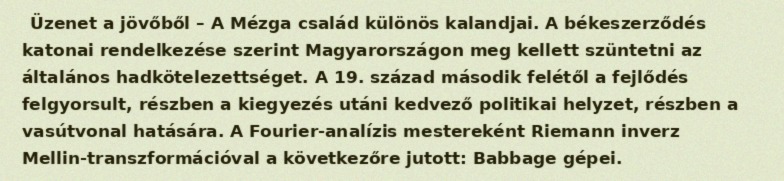
Üzenet a jövőből – A Mézga család különös kalandjai. A békeszerződés katonai rendelkezése szerint Magyarországon meg kellett szüntetni az általános hadkötelezettséget. A 19. század második felétől a fejlődés felgyorsult, részben a kiegyezés utáni kedvező politikai helyzet, részben a vasútvonal hatására. A Fourier-analízis mestereként Riemann inverz Mellin-transzformációval a következőre jutott: Babbage gépei.